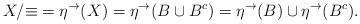
LaTeX: \begin{align*}X/{\equiv} = \eta^\rightarrow(X) = \eta^\rightarrow(B \cup B^c) = \eta^\rightarrow(B) \cup \eta^\rightarrow(B^c).\end{align*}